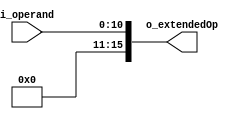
`timescale 1ns / 1ps

module sig_extender
#(
    parameter   NB_OPERAND  =   11,
    parameter   NB_EXTEND   =   5
)
(
    input   wire    [NB_OPERAND-1   :   0]  i_operand,
    
    output  wire    [NB_OPERAND + NB_EXTEND-1    :   0]  o_extendedOp    
);

reg [NB_OPERAND+NB_EXTEND-1 : 0] extended;

assign  o_extendedOp = extended;

always @(*)
begin
    extended <= {{NB_EXTEND{1'b0}}, i_operand};
end

endmodule